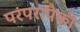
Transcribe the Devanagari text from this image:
परंपरांपैकी